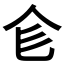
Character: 𠆹